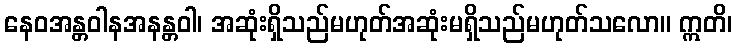
နေဝအန္တဝါနအနန္တဝါ၊ အဆုံးရှိသည်မဟုတ်အဆုံးမရှိသည်မဟုတ်သလော။ ဣတိ၊